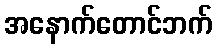
အနောက်တောင်ဘက်